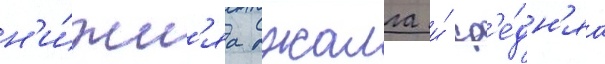
н'и́жн'яа джалга и́ ср'е́дн'яа